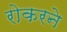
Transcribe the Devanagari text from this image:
रोकरने